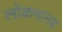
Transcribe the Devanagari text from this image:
लोकमानव